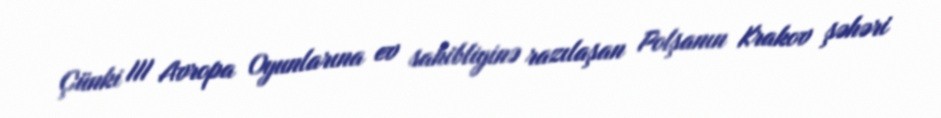
Çünki III Avropa Oyunlarına ev sahibliyinə razılaşan Polşanın Krakov şəhəri